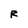
Character: R